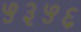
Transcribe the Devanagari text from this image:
५३५६